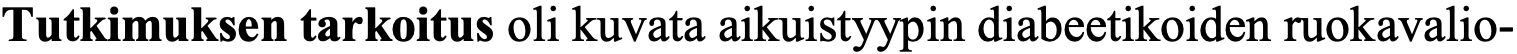
Tutkimuksen tarkoitus oli kuvata aikuistyypin diabeetikoiden ruokavalio-